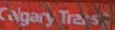
Calgary Transit